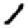
Digit: 1